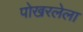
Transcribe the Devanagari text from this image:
पोखरलेला